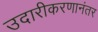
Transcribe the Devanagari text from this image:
उदारीकरणानंतर